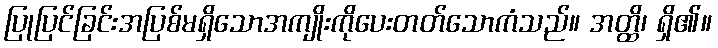
ပြုပြင်ခြင်းအပြစ်မရှိသောအကျိုးကိုပေးတတ်သောကံသည်။ အတ္ထိ၊ ရှိ၏။